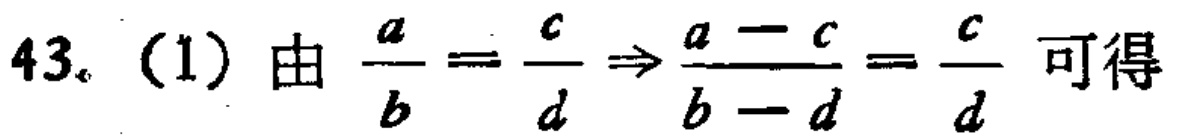
43. (1) 由 $\frac{a}{b}=\frac{c}{d}\Rightarrow\frac{a - c}{b - d}=\frac{c}{d}$ 可得